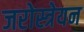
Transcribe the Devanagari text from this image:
जरोस्त्रेयन